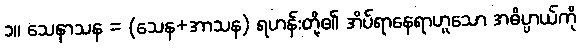
၁။ သေနာသန = (သေန+အာသန) ရဟန်းတို့၏ အိပ်ရာနေရာဟူသော အဓိပ္ပာယ်ကို